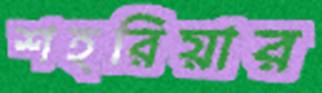
শহরিয়ার